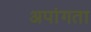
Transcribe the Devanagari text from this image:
अपांगता